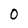
Character: 0